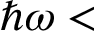
\hbar \omega <